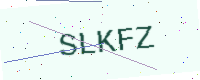
Text: SLKFZ